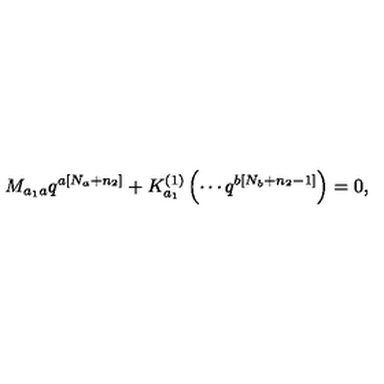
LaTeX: M _ { a _ { 1 } a } q ^ { a \left[ N _ { a } + n _ { 2 } \right] } + K _ { a _ { 1 } } ^ { \left( 1 \right) } \left( \cdots q ^ { b \left[ N _ { b } + n _ { 2 } - 1 \right] } \right) = 0 ,